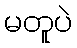
မတူပဲ